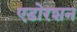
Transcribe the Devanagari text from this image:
एडोरशन